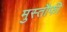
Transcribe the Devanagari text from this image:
मुस्तौफी